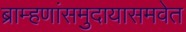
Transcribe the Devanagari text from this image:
ब्राम्हणांसमुदायासमवेत